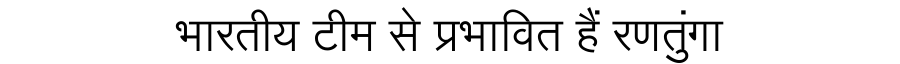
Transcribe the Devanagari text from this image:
भारतीय टीम से प्रभावित हैं रणतुंगा